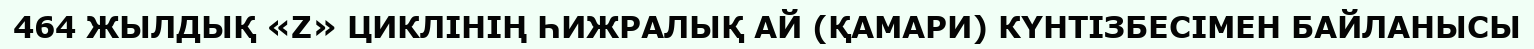
464 ЖЫЛДЫҚ «Z» ЦИКЛІНІҢ ҺИЖРАЛЫҚ АЙ (ҚАМАРИ) КҮНТІЗБЕСІМЕН БАЙЛАНЫСЫ